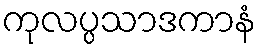
ကုလပ္ပသာဒကာနံ